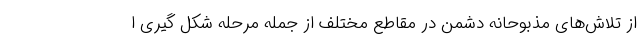
از تلاش‌های مذبوحانه دشمن در مقاطع مختلف از جمله مرحله شکل گیری ا